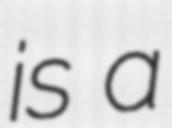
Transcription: is a